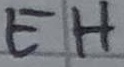
Text: EH